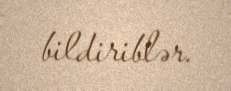
bildiriblər.